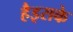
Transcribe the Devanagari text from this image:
हैइसके